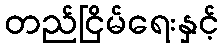
တည်ငြိမ်ရေးနှင့်